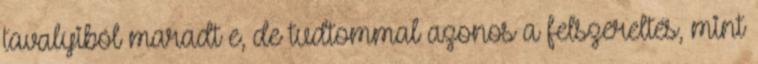
tavalyiból maradt e, de tudtommal azonos a felszereltés, mint